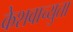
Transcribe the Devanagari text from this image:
केेशवाच्युता